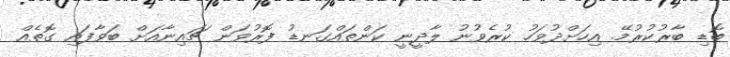
ބޮޑި ބާރުކުރުމޭ. އިހަށްދުވަހު ކުރެވުނު ލާދީނީ ކަންތައްގަނޑު ފޮރުވަން ޗައިނާއަށް ބަވާފައި ގޮތެއް